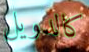
كالدويل